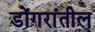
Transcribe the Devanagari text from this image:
डोंगरांतील